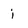
Character: i